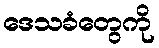
ဒေသခံတွေကို